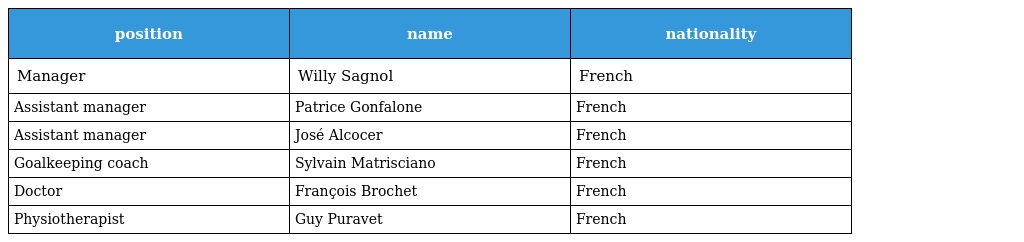
| position | name | nationality |
 | --- | --- | --- |
 | Manager | Willy Sagnol | French |
 | Assistant manager | Patrice Gonfalone | French |
 | Assistant manager | José Alcocer | French |
 | Goalkeeping coach | Sylvain Matrisciano | French |
 | Doctor | François Brochet | French |
 | Physiotherapist | Guy Puravet | French |